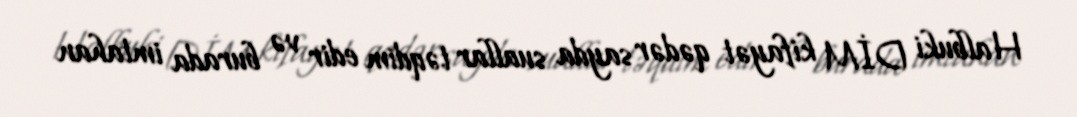
Halbuki DİM kifayət qədər sayda suallar təqdim edir və burada imtahan